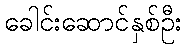
ခေါင်းဆောင်နှစ်ဦး